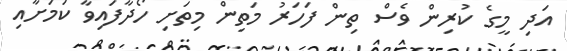
އަދި މީގެ ކުރިން ވެސް ތިން ފަހަރު މަތިން މިތަށި ހޯދާފައިވާ ކަމަށާއި